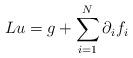
LaTeX: \begin{align*}Lu=g+\sum_{i=1}^N\partial_i f_i\end{align*}